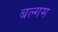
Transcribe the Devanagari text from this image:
बल्गम